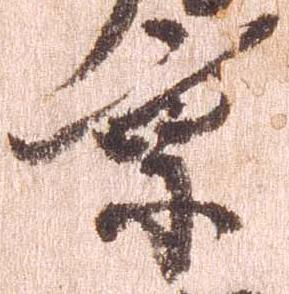
京